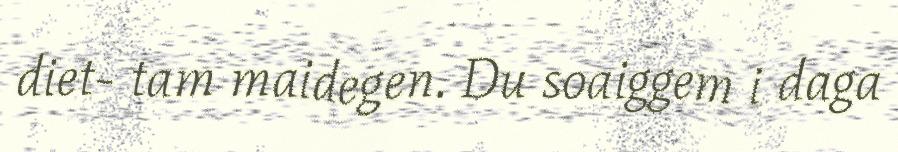
diet- tam maidegen. Du soaiggem i daga